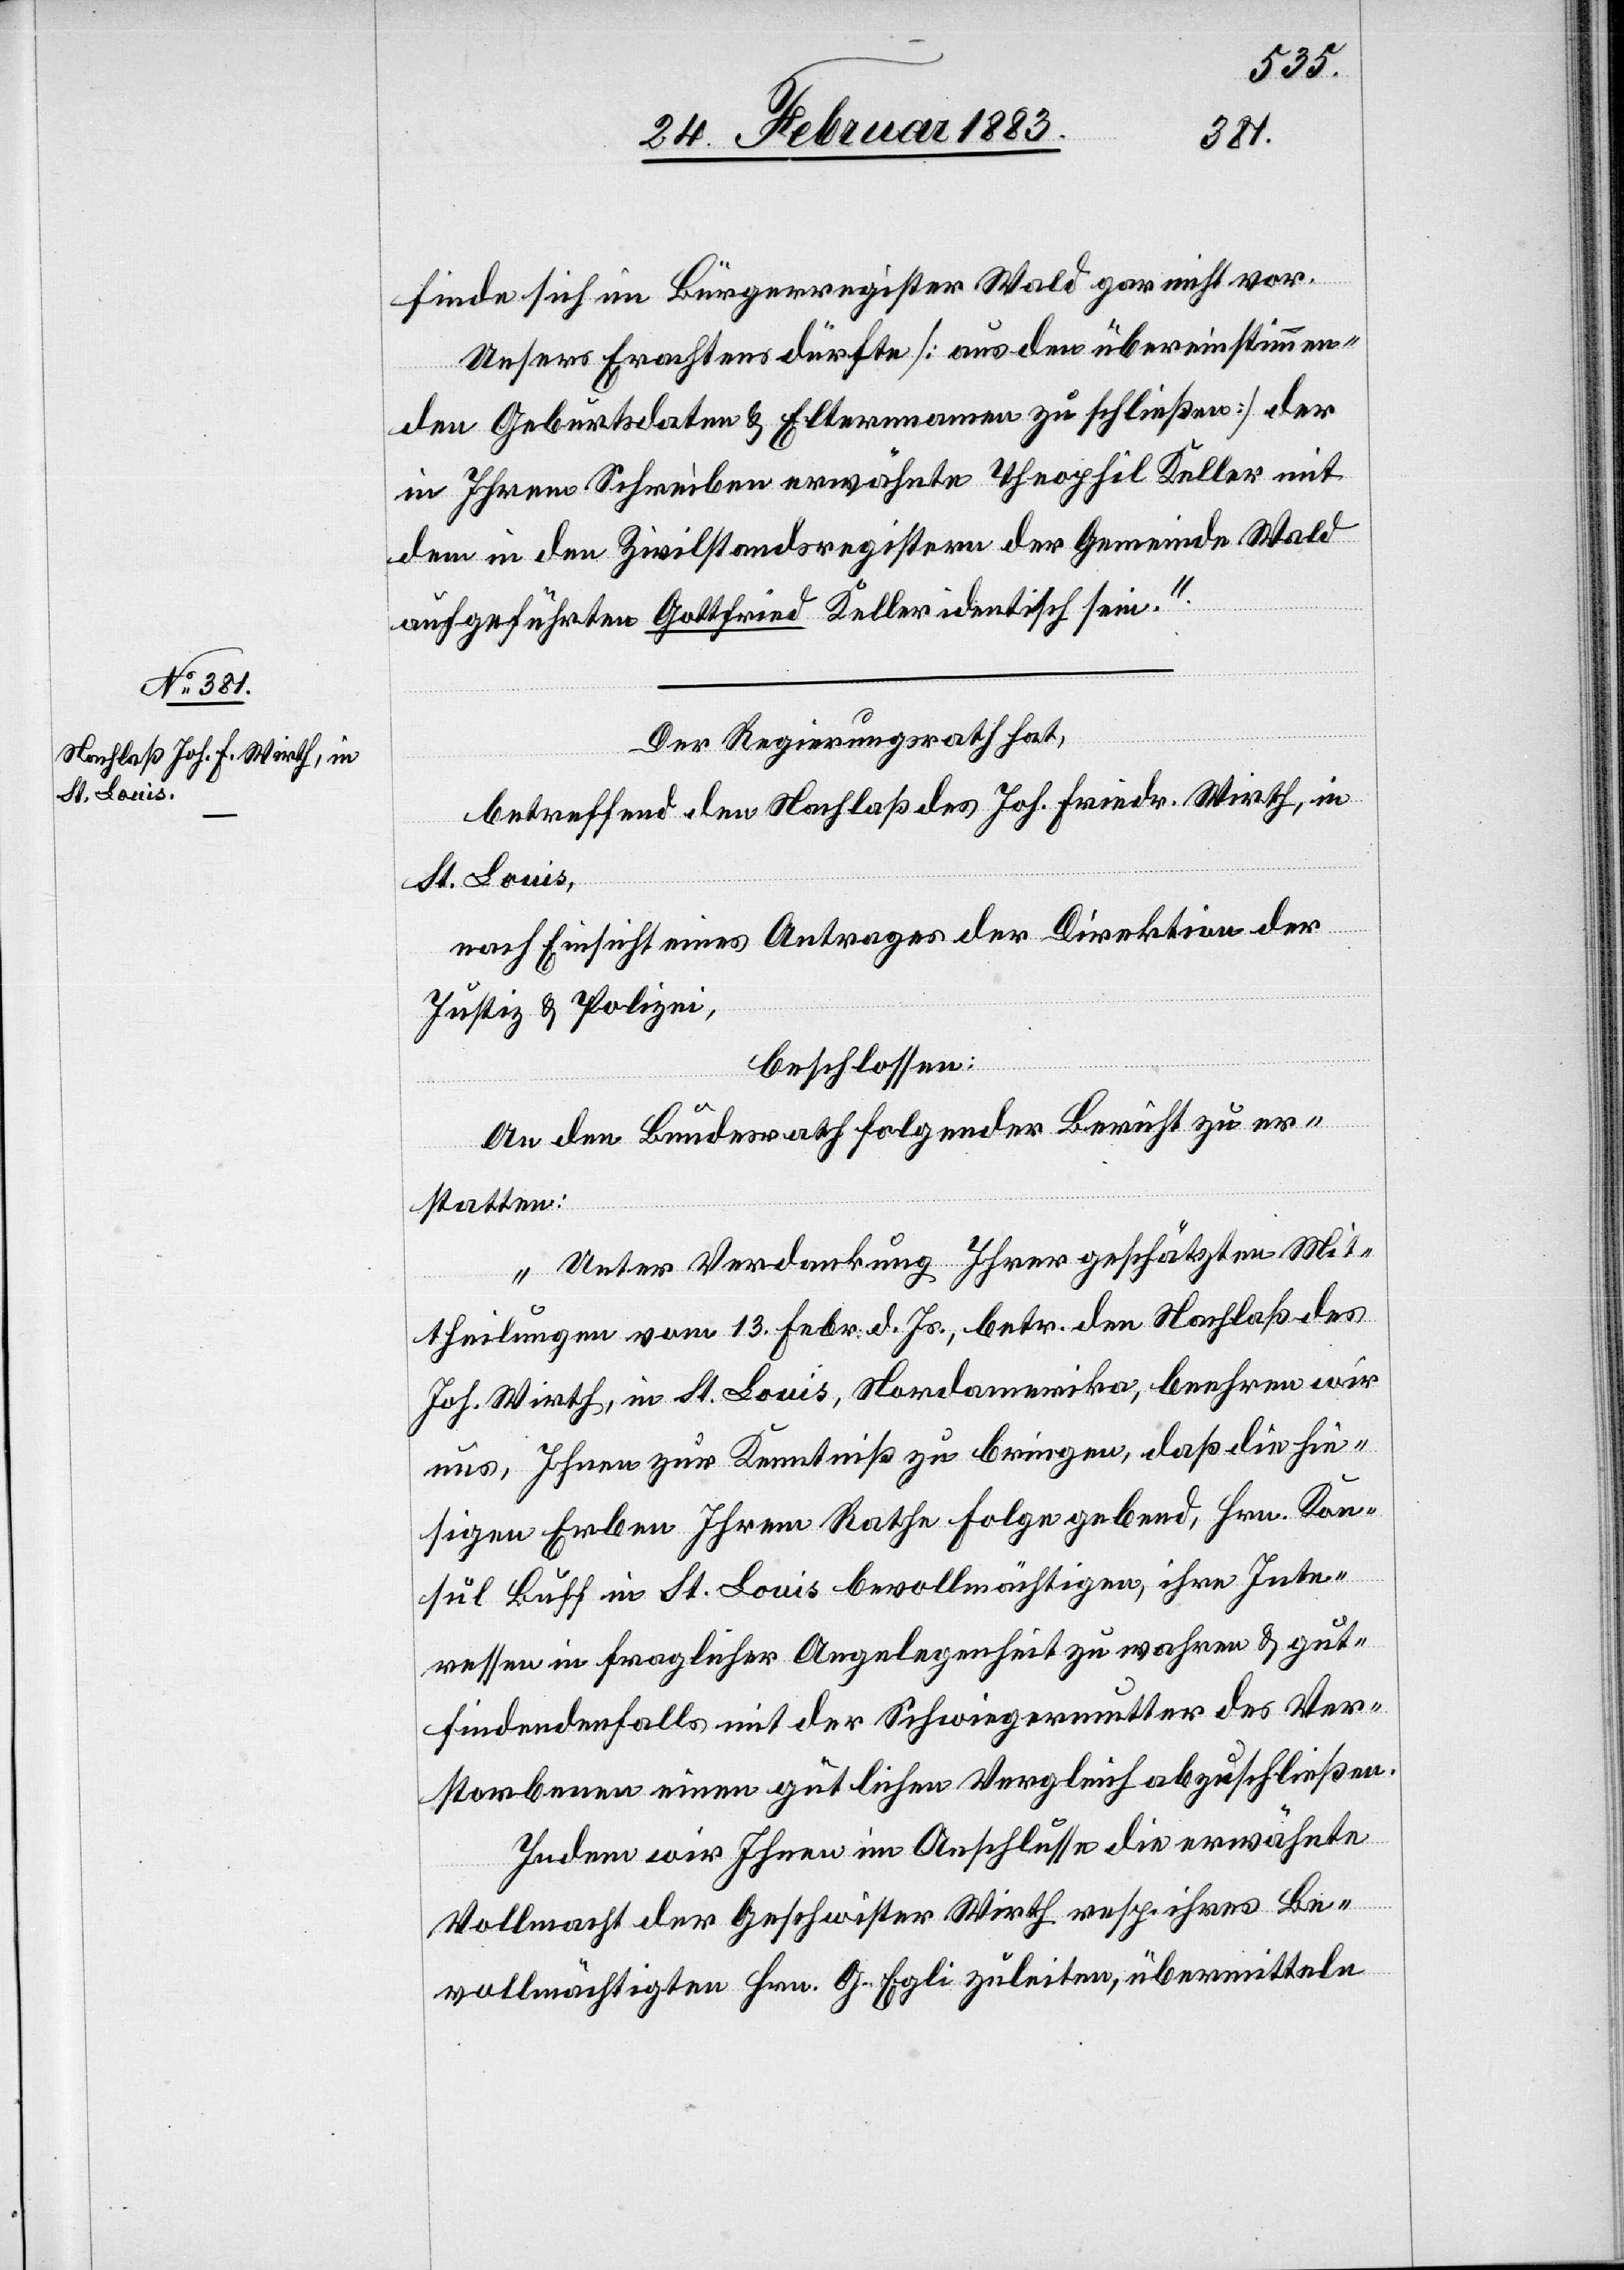
26. Februar 1883.]
finde sich im Bürgerregister Wald gar nicht vor.
Unsers Erachtens dürfte [aus den übereinstimmen¬
den Geburtsdaten & Elternnamen zu schließen] der
in Ihrem Schreiben erwähnte Theophil Keller mit
dem in den Zivilstandsregistern der Gemeinde Wald
aufgeführten Gottfried Keller identisch sein.“
Der Regierungsrath hat,
betreffend den Nachlaß des Joh. Friedr. Wirth, in
St. Louis,
nach Einsicht eines Antrages der Direktion der
Justiz & Polizei,
beschlossen:
An den Bundesrath folgenden Bericht zu er¬
statten:
„Unter Verdankung Ihrer geschätzten Mit¬
theilungen vom 13. Febr. d. Js., betr. den Nachlaß des
Joh. Wirth, in St. Louis, Nordamerika, beehren wir
uns, Ihnen zur Kenntniß zu bringen, daß die hie¬
sigen Erben Ihrem Rathe Folge gebend, Hrn. Kon¬
sul Buff in St. Louis bevollmächtigen, ihre Inte¬
ressen in fraglicher Angelegenheit zu wahren & gut¬
findendenfalls mit der Schwiegermutter des Ver¬
storbenen einen gütlichen Vergleich abzuschließen.
Indem wir Ihnen im Anschlusse die erwähnte
Vollmacht der Geschwister Wirth resp. ihres Be¬
vollmächtigten Hrn. G. Egli zuleiten, übermitteln